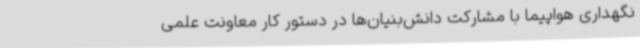
نگهداری هواپیما با مشارکت دانش‌بنیان‌ها در دستور کار معاونت علمی‌